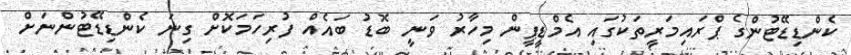
ކެންޑިޑޭޓުންގެ ޕްރައިމަރީތަކުގައި އެމްޑީޕީން މިހާރު ވަނީ ބޮޑު ބައެއް ފުރިހަމަކޮށް ގިނަ ކެންޑިޑޭޓުންނަށް